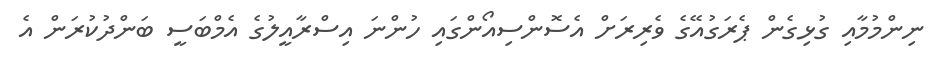
ނިންމުމާއި ގުޅިގެން ޕެރަގުއޭގެ ވެރިރަށް އެސޮންސިއޯންގައި ހުންނަ އިސްރާއީލުގެ އެމްބަސީ ބަންދުކުރަން އެ